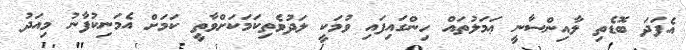
އެފަދަ ބޮޑެތި ލާއިންސާނީ ޢަމަލުތައް ހިންގައިފައި ވުމަކީ ލަދުވެތިކަމަކަށްވާތީ ކަމަށް އެމަނިކުފާނު މިއަދު